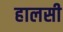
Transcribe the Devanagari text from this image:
हालसी